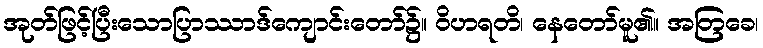
အုတ်ဖြင့်ပြီးသောပြာဿာဒ်ကျောင်းတော်၌။ ဝိဟရတိ၊ နေတော်မူ၏။ အတြခေ၊